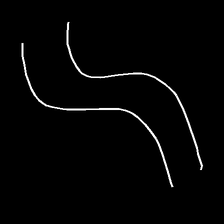
Glyph: float